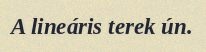
A lineáris terek ún.